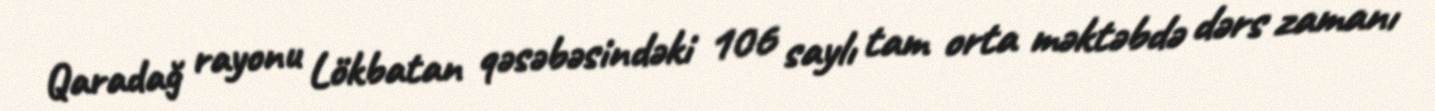
Qaradağ rayonu Lökbatan qəsəbəsindəki 106 saylı tam orta məktəbdə dərs zamanı